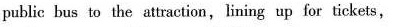
public hus to the attraction , lining up for tickets ,